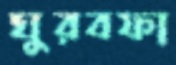
ঘুরবফা